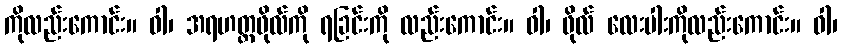
ကိုလည်းကောင်း။ ဝါ၊ အရဟတ္တဖိုလ်ကို ရခြင်းကို လည်းကောင်း။ ဝါ၊ ဖိုလ် လေးပါးကိုလည်းကောင်း။ ဝါ၊